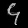
Digit: ၄